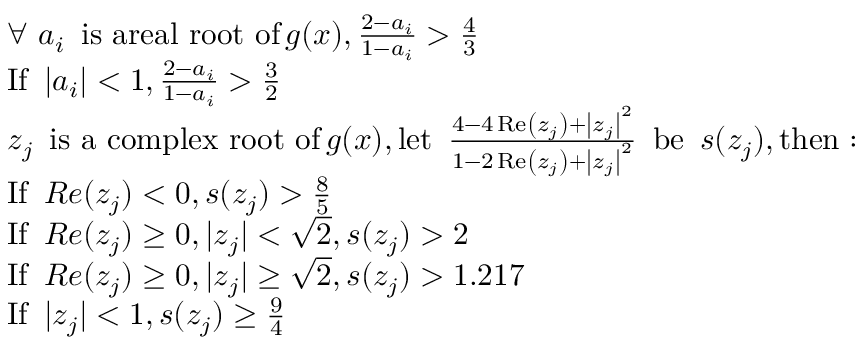
\begin{array} { r l } & { \forall \ a _ { i } \ \operatorname { i s \ a r e a l \ r o o t \ o f } g ( x ) , \frac { 2 - a _ { i } } { 1 - a _ { i } } > \frac { 4 } { 3 } } \\ & { \operatorname { I f } \ | a _ { i } | < 1 , \frac { 2 - a _ { i } } { 1 - a _ { i } } > \frac { 3 } { 2 } } \\ & { z _ { j } \ \operatorname { i s \ a \ c o m p l e x \ r o o t \ o f } g ( x ) , \operatorname { l e t \ } \frac { 4 - 4 \operatorname { R e } \left( z _ { j } \right) + \left| z _ { j } \right| ^ { 2 } } { 1 - 2 \operatorname { R e } \left( z _ { j } \right) + \left| z _ { j } \right| ^ { 2 } } \operatorname { \ b e \ } s ( z _ { j } ) , \operatorname { t h e n } : } \\ & { \operatorname { I f \ } R e ( z _ { j } ) < 0 , s ( z _ { j } ) > \frac { 8 } { 5 } } \\ & { \operatorname { I f \ } R e ( z _ { j } ) \geq 0 , | z _ { j } | < \sqrt { 2 } , s ( z _ { j } ) > 2 } \\ & { \operatorname { I f \ } R e ( z _ { j } ) \geq 0 , | z _ { j } | \geq \sqrt { 2 } , s ( z _ { j } ) > 1 . 2 1 7 } \\ & { \operatorname { I f \ } | z _ { j } | < 1 , s ( z _ { j } ) \geq \frac { 9 } { 4 } } \end{array}